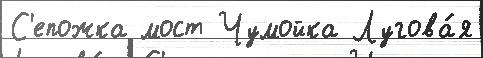
С'епожка мост Чумойка Лугова́я